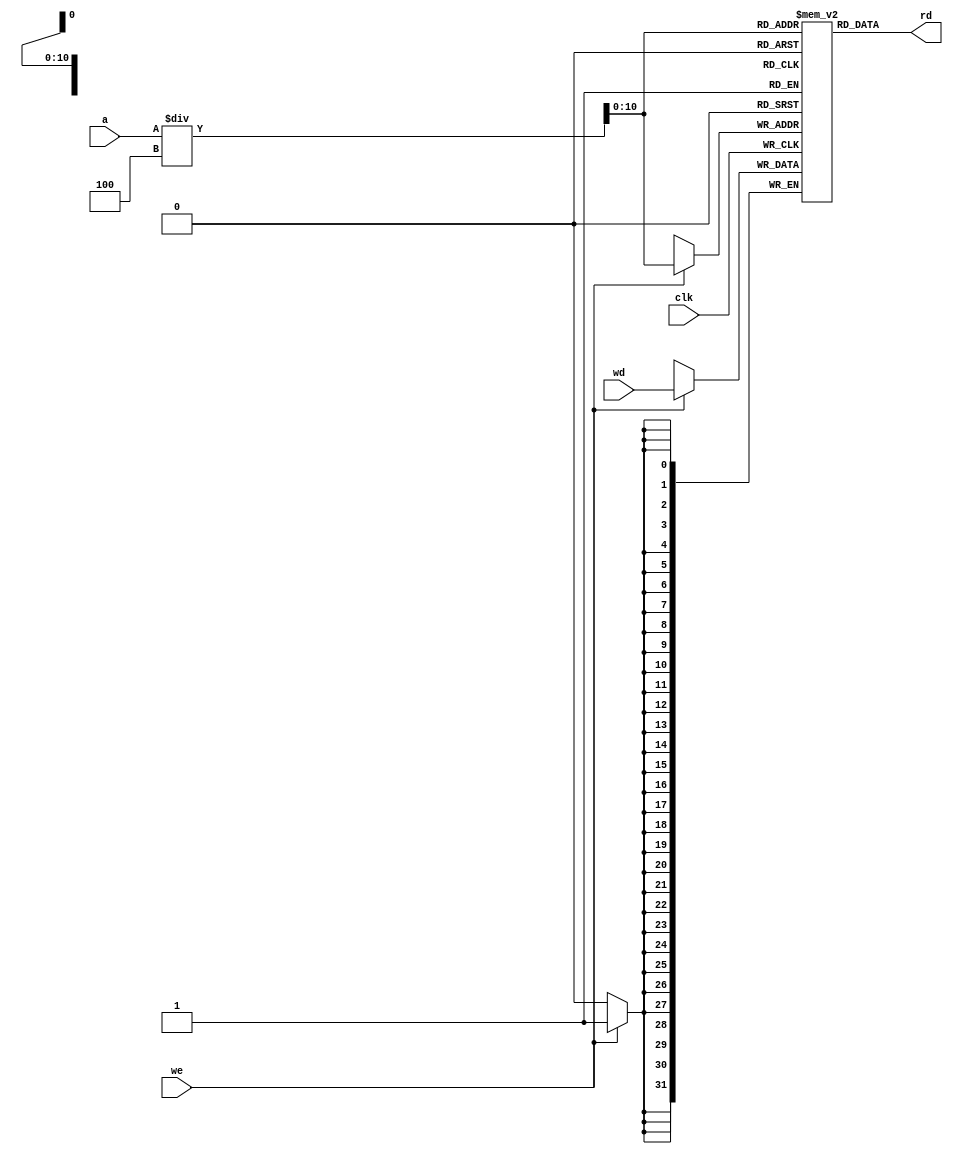
module data_memory(a, we, clk, wd, rd);
  // we -  
  // clk -  
  input we, clk;
  // ,    
  input [31:0] a;
  //   
  input [31:0] wd;
  // ,    
  output [31:0] rd;

  //  , 2048   32 
  reg [31:0] ram[0:2047];

  //    
  integer i;
  initial begin
    for (i = 0; i < 2048; i = i + 1) begin
      ram[i] = 0;
   	end
  end

  //       a / 4, ..
  //  ,     32  (4 )
  assign rd = ram[a / 4];

  //     
  always @ (posedge clk) begin
    //  we = 1
    if (we) ram[a / 4] = wd;
  end
endmodule

module instruction_memory(a, rd);
  // ,    
  input [31:0] a;
  // ,    
  output [31:0] rd;
  //  , 64   32 
  reg [31:0] ram[0:63];

  //     
  //  intructions.dat
  initial begin
    $readmemb("instructions.dat", ram);
  end

  //       a / 4, ..
  //  ,     32  (4 )
  assign rd = ram[a / 4];
endmodule